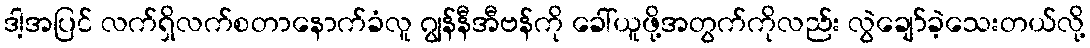
ဒါ့အပြင် လက်ရှိလက်စတာနောက်ခံလူ ဂျွန်နီအီဗန်ကို ခေါ်ယူဖို့အတွက်ကိုလည်း လွဲချော်ခဲ့သေးတယ်လို့